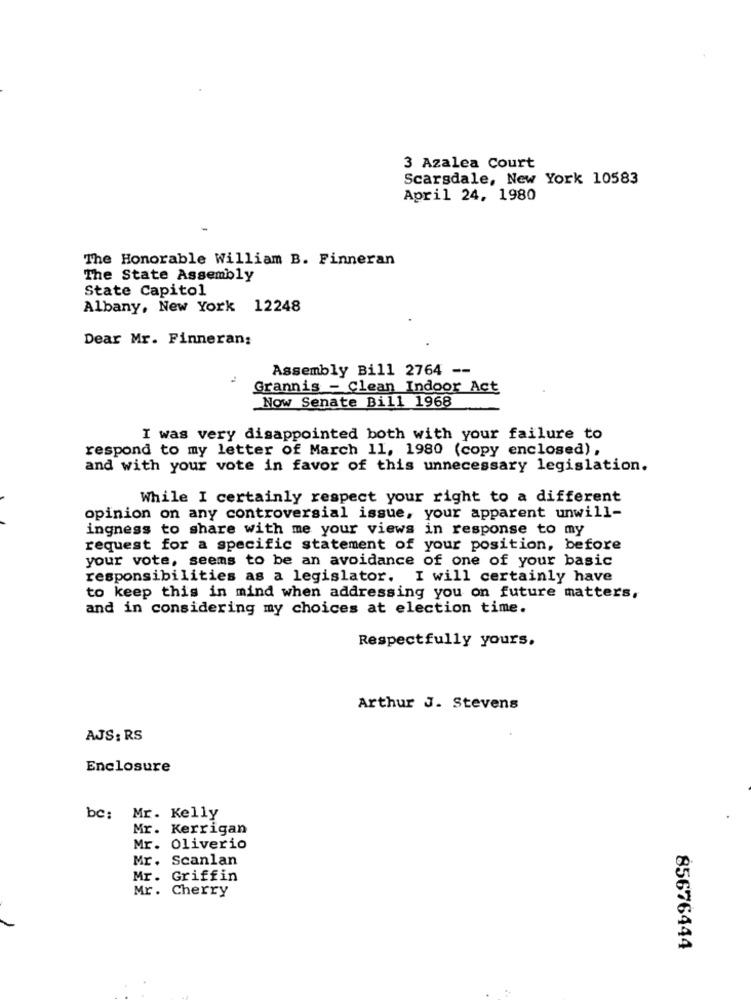
3 Azalea Court
Scarsdale, New York 10583
April 24, 1980
The Honorable William B. Finneran
The State Assembly
State Capitol
Albany, New York 12248
Dear Mr. Finneran:
Assembly Bill 2764 --
Grannis - Clean Indoor Act
Now Senate Bill 1968
I was very disappointed both with your failure to
respond to my letter of March 11, 1980 (copy enclosed),
and with your vote in favor of this unnecessary legislation.
While I certainly respect your right to a different
opinion on any controversial issue, your apparent unwill-
ingness to share with me your views in response to my
request for a specific statement of your position, before
your vote, seems to be an avoidance of one of your basic
responsibilities as a legislator. I will certainly have
to keep this in mind when addressing you on future matters,
and in considering my choices at election time.
Respectfully yours.
Arthur J. Stevens
AJS: RS
Enclosure
bc: Mr. Kelly
Mr. Kerrigan
Mr. Oliverio
Mr. Scanlan
Mr .
Griffin
Mr. Cherry
85676444